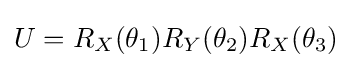
U=R_{X}(\theta _{1})R_{Y}(\theta _{2})R_{X}(\theta _{3})